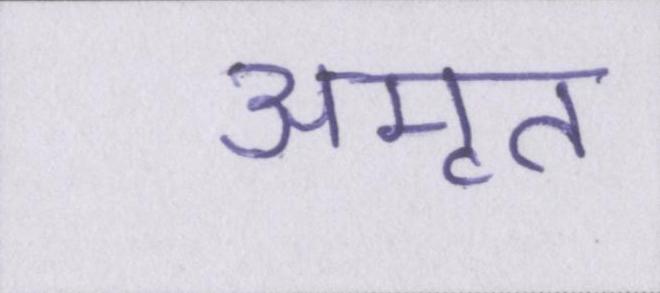
अमृत